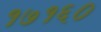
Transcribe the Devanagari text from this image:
१७१६०